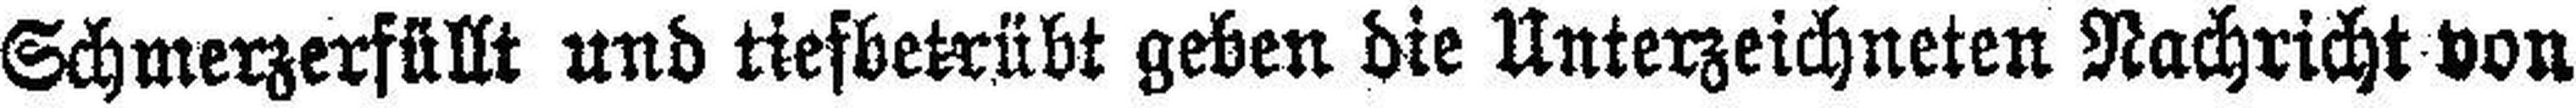
Schmerzerfüllt und tiefbetrübt geben die Unterzeichneten Nachricht von